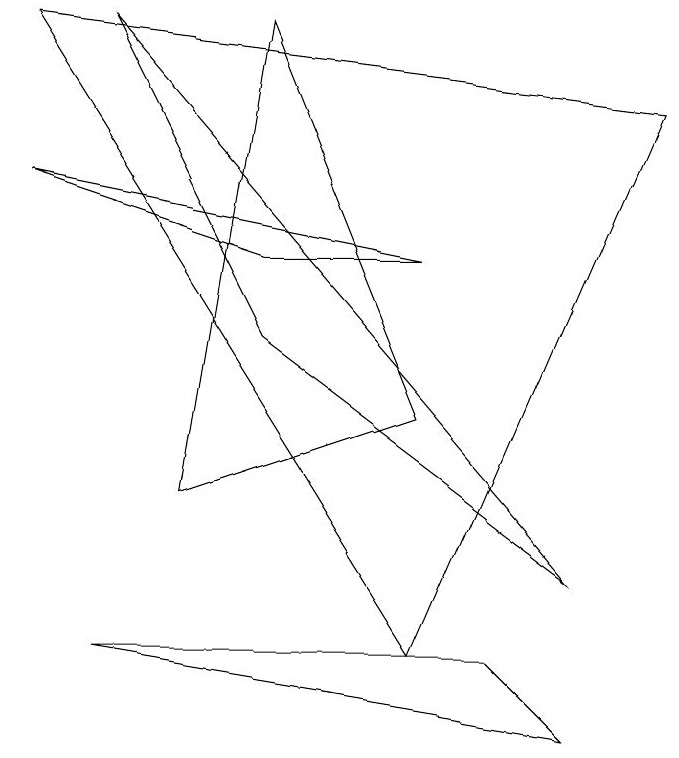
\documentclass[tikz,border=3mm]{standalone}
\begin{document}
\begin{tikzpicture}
\draw (4,6) -- (6,6) -- (1,7) -- cycle;
\draw (2,1) -- (8,0) -- (7,1) -- cycle;
\draw (4,9) -- (6,4) -- (3,3) -- cycle;
\draw (2,9) -- (8,2) -- (4,5) -- cycle;
\draw (1,9) -- (9,8) -- (6,1) -- cycle;
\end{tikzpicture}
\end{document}